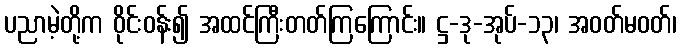
ပညာမဲ့တို့က ဝိုင်းဝန်း၍ အထင်ကြီးတတ်ကြကြောင်း။ ဋ္ဌ-ဒု-အုပ်-၁၃၊ အဝတ်မဝတ်၊